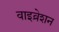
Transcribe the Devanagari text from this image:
वाइव्रेशन